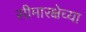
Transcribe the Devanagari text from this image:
सीमारक्षेच्या